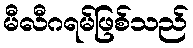
မီလီဂရမ်ဖြစ်သည်